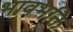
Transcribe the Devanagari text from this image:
भावभक्ति